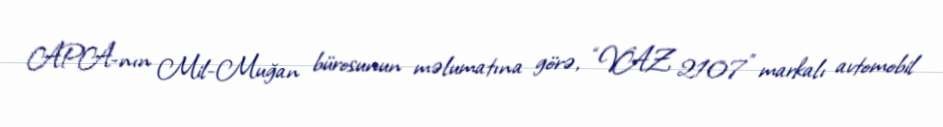
APA-nın Mil-Muğan bürosunun məlumatına görə, “VAZ 2107” markalı avtomobil